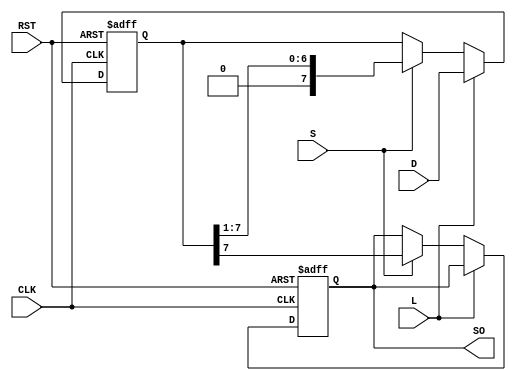
module Loadable_PISO_Register #(
    parameter n = 8  // Parameter for the number of bits in the register
)(
    input wire [n-1:0] D,    // Parallel data input
    input wire L,             // Load control signal
    input wire S,             // Shift control signal
    input wire CLK,           // Clock signal
    input wire RST,           // Asynchronous reset signal
    output reg SO             // Serial output
);

    reg [n-1:0] shift_reg;    // Shift register to hold the data

    always @(posedge CLK or posedge RST) begin
        if (RST) begin
            shift_reg <= {n{1'b0}}; // Reset all bits to 0
            SO <= 1'b0;             // Reset serial output
        end else if (L) begin
            shift_reg <= D;         // Load data from parallel input
        end else if (S) begin
            SO <= shift_reg[n-1];   // Output the MSB (first bit to be shifted out)
            shift_reg <= {1'b0, shift_reg[n-1:1]}; // Shift right
        end
    end

endmodule